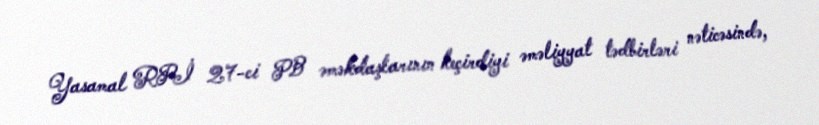
Yasamal RPİ 27-ci PB əməkdaşlarının keçirdiyi əməliyyat tədbirləri nəticəsində,